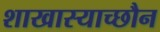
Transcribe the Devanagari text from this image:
शाखास्याच्छौन